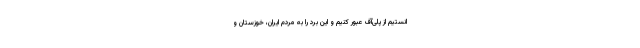
انستیم از پلی‌آف عبور کنیم و این برد را به مردم ایران، خوزستان و